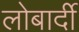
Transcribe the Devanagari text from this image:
लोबार्दी